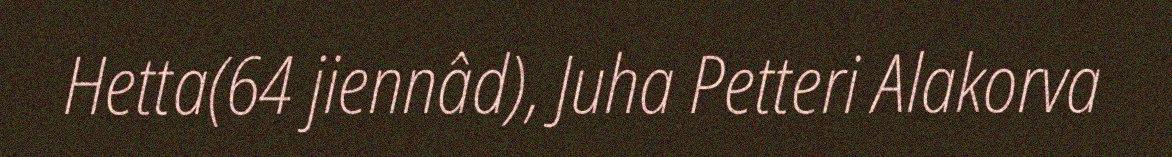
Hetta(64 jiennâd), Juha Petteri Alakorva